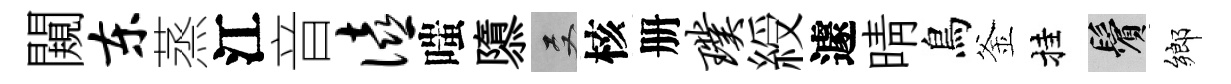
闚东蒸江音僖嗤隳双核册璞綬遽晴鳥釜挂鬢鄉